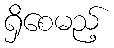
ရှိစေမည့်